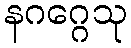
နဂဂ္ဂေသု